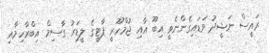
ރައީސް ނަޝީދު ވަޑައިގެންނެވީ އިބޫ އާއި ޖުމްހޫރީ ޕާޓީގެ ލީޑަރު ގާސިމް އިބްރާހިމާއި